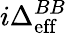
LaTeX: i\Delta_{\mathrm{eff}}^{BB}